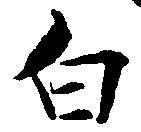
白